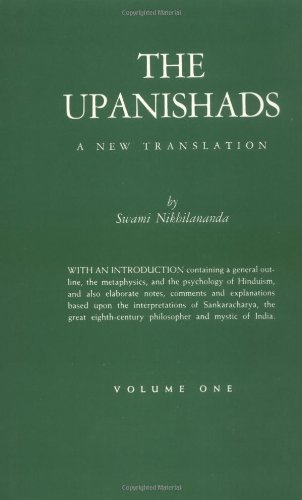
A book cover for Upanishads, Volume 1; Religion & Spirituality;